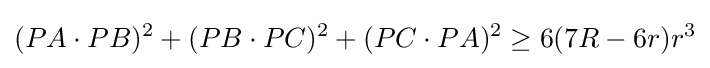
(PA\cdot PB)^{2}+(PB\cdot PC)^{2}+(PC\cdot PA)^{2}\geq 6(7R-6r)r^{3}